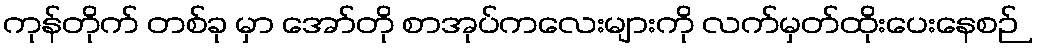
ကုန်တိုက် တစ်ခု မှာ အော်တို စာအုပ်ကလေးများကို လက်မှတ်ထိုးပေးနေစဉ်